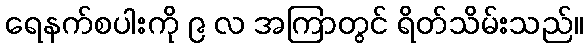
ရေနက်စပါးကို ၉ လ အကြာတွင် ရိတ်သိမ်းသည်။